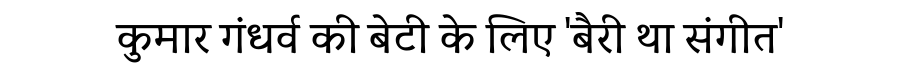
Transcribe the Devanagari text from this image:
कुमार गंधर्व की बेटी के लिए 'बैरी था संगीत'